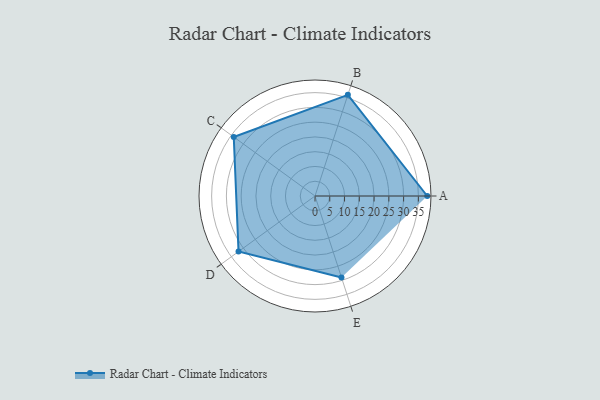
{"axis": {"x": "Skill", "y": "Score"}, "legend": ["Profile"], "data": [{"x": "A", "y": 38.0, "type": "Profile"}, {"x": "B", "y": 36.0, "type": "Profile"}, {"x": "C", "y": 34.0, "type": "Profile"}, {"x": "D", "y": 32.0, "type": "Profile"}, {"x": "E", "y": 29.0, "type": "Profile"}]}